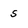
Character: s